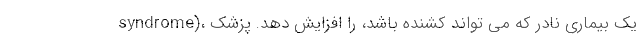
syndrome)، یک بیماری نادر که می تواند کشنده باشد، را افزایش دهد. پزشک